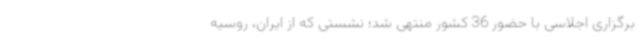
برگزاری اجلاسی با حضور 36 کشور منتهی شد؛ نشستی که از ایران، روسیه